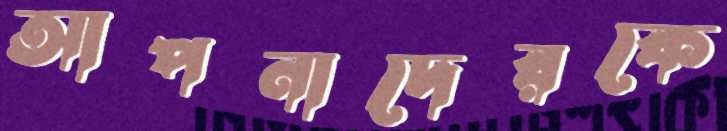
আপনাদেরকে